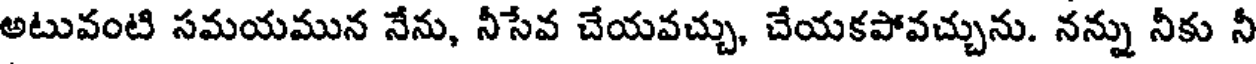
అటువంటి సమయమున నేను, నీసేవ చేయవచ్చు, చేయకపోవచ్చును. నన్ను నీకు నీ